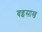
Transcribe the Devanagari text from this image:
बइसाख